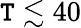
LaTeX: \mathtt{T}\lesssim40